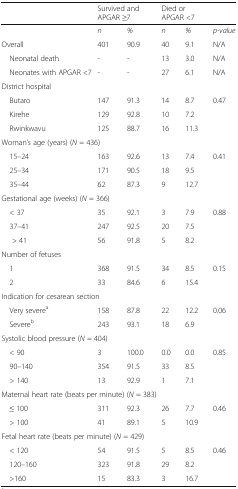
<table><thead><tr><td></td><td colspan="2"><b>Survived and APGAR ≥7</b></td><td colspan="2"><b>Died or APGAR &lt;7</b></td><td></td></tr></thead><tbody><tr><td></td><td><i>n</i></td><td><i>%</i></td><td><i>n</i></td><td><i>%</i></td><td><i>p-value</i></td></tr><tr><td>Overall</td><td>401</td><td>90.9</td><td>40</td><td>9.1</td><td>N/A</td></tr><tr><td> Neonatal death</td><td>-</td><td>-</td><td>13</td><td>3.0</td><td>N/A</td></tr><tr><td> Neonates with APGAR &lt;7</td><td>-</td><td>-</td><td>27</td><td>6.1</td><td>N/A</td></tr><tr><td colspan="6">District hospital</td></tr><tr><td> Butaro</td><td>147</td><td>91.3</td><td>14</td><td>8.7</td><td rowspan="3">0.47</td></tr><tr><td> Kirehe</td><td>129</td><td>92.8</td><td>10</td><td>7.2</td></tr><tr><td> Rwinkwavu</td><td>125</td><td>88.7</td><td>16</td><td>11.3</td></tr><tr><td colspan="6">Woman’s age (years) (<i>N</i> = 436)</td></tr><tr><td> 15–24</td><td>163</td><td>92.6</td><td>13</td><td>7.4</td><td rowspan="3">0.41</td></tr><tr><td> 25–34</td><td>171</td><td>90.5</td><td>18</td><td>9.5</td></tr><tr><td> 35–44</td><td>62</td><td>87.3</td><td>9</td><td>12.7</td></tr><tr><td colspan="6">Gestational age (weeks) (<i>N</i> = 366)</td></tr><tr><td> &lt; 37</td><td>35</td><td>92.1</td><td>3</td><td>7.9</td><td rowspan="3">0.88</td></tr><tr><td> 37–41</td><td>247</td><td>92.5</td><td>20</td><td>7.5</td></tr><tr><td>&gt; 41</td><td>56</td><td>91.8</td><td>5</td><td>8.2</td></tr><tr><td colspan="6">Number of fetuses</td></tr><tr><td> 1</td><td>368</td><td>91.5</td><td>34</td><td>8.5</td><td rowspan="2">0.15</td></tr><tr><td> 2</td><td>33</td><td>84.6</td><td>6</td><td>15.4</td></tr><tr><td colspan="6">Indication for cesarean section</td></tr><tr><td> Very severe<sup>a</sup></td><td>158</td><td>87.8</td><td>22</td><td>12.2</td><td>0.06</td></tr><tr><td> Severe<sup>b</sup></td><td>243</td><td>93.1</td><td>18</td><td>6.9</td><td></td></tr><tr><td colspan="6">Systolic blood pressure (<i>N</i> = 404)</td></tr><tr><td> &lt; 90</td><td>3</td><td>100.0</td><td>0.0</td><td>0.0</td><td rowspan="3">0.85</td></tr><tr><td> 90–140</td><td>354</td><td>91.5</td><td>33</td><td>8.5</td></tr><tr><td> &gt; 140</td><td>13</td><td>92.9</td><td>1</td><td>7.1</td></tr><tr><td colspan="6">Maternal heart rate (beats per minute) (<i>N</i> = 383)</td></tr><tr><td> ≤ 100</td><td>311</td><td>92.3</td><td>26</td><td>7.7</td><td rowspan="2">0.46</td></tr><tr><td> &gt; 100</td><td>41</td><td>89.1</td><td>5</td><td>10.9</td></tr><tr><td colspan="6">Fetal heart rate (beats per minute) (<i>N</i> = 429)</td></tr><tr><td> &lt; 120</td><td>54</td><td>91.5</td><td>5</td><td>8.5</td><td rowspan="3">0.46</td></tr><tr><td> 120–160</td><td>323</td><td>91.8</td><td>29</td><td>8.2</td></tr><tr><td> &gt;160</td><td>15</td><td>83.3</td><td>3</td><td>16.7</td></tr></tbody></table>